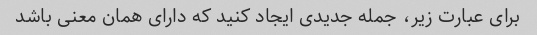
برای عبارت زیر، جمله جدیدی ایجاد کنید که دارای همان معنی باشد